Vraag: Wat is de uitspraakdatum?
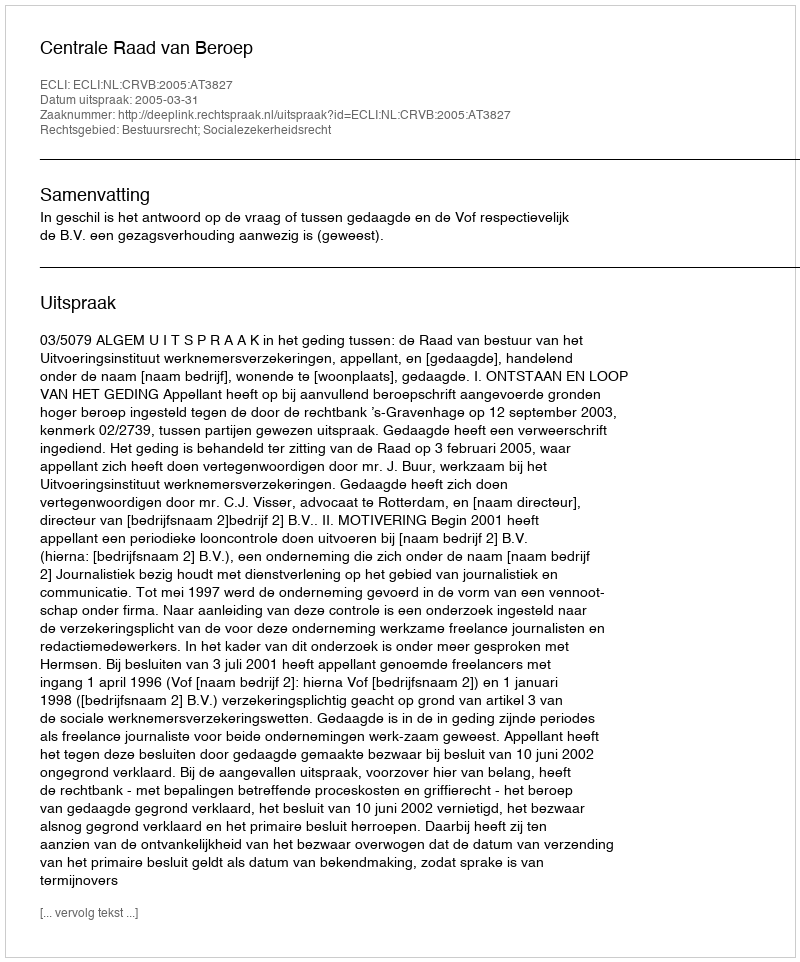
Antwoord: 2005-03-31